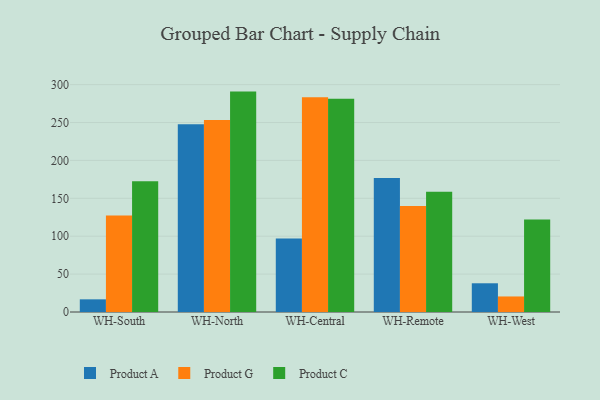
{"axis": {"x": "Warehouse", "y": "Churn Rate (%)"}, "legend": ["Product A", "Product C", "Product G"], "data": [{"x": "WH-South", "y": 16.7, "type": "Product A"}, {"x": "WH-South", "y": 127.3, "type": "Product G"}, {"x": "WH-South", "y": 172.6, "type": "Product C"}, {"x": "WH-North", "y": 247.8, "type": "Product A"}, {"x": "WH-North", "y": 253.2, "type": "Product G"}, {"x": "WH-North", "y": 290.8, "type": "Product C"}, {"x": "WH-Central", "y": 97.1, "type": "Product A"}, {"x": "WH-Central", "y": 283.4, "type": "Product G"}, {"x": "WH-Central", "y": 281.4, "type": "Product C"}, {"x": "WH-Remote", "y": 176.8, "type": "Product A"}, {"x": "WH-Remote", "y": 139.8, "type": "Product G"}, {"x": "WH-Remote", "y": 158.8, "type": "Product C"}, {"x": "WH-West", "y": 37.9, "type": "Product A"}, {"x": "WH-West", "y": 20.5, "type": "Product G"}, {"x": "WH-West", "y": 122.2, "type": "Product C"}]}